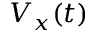
V _ { x } ( t )